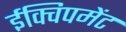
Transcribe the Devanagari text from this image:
ईक्विपमेंट